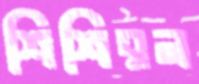
শিশিরন